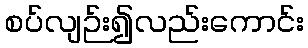
စပ်လျဉ်း၍လည်းကောင်း